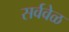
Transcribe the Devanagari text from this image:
सर्ववेळ